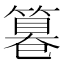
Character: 𥲻